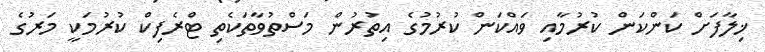
ޚިލާފަށް ކަންކަން ކުރުމާއި ވައްކަން ކުރުމުގެ އިތުރުން މަސްތުވާތަކެތި ޓްރެފިކް ކުރުމަކީ މަރުގެ